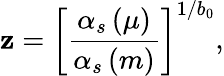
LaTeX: \mathbf{z}=\left[{\frac{{\alpha_{s}\left(\mu\right)}}{{\alpha_{s}\left(m\right)}}}\right]^{1/b_{0}},